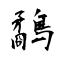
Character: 鷸